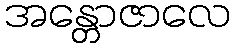
အန္တောဇာလေ